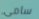
سامى